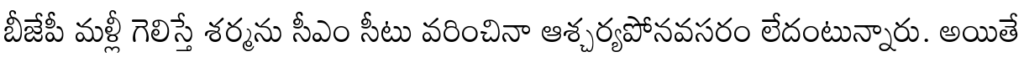
బీజేపీ మళ్లీ గెలిస్తే శర్మను సీఎం సీటు వరించినా ఆశ్చర్యపోనవసరం లేదంటున్నారు. అయితే